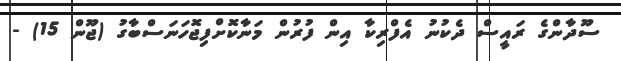
ސޫދާންގެ ރައީސް ދެކުނު އެފްރިކާ އިން ފުރުން މަނާކޮށްފިޖޮހަނަސްބާގު (ޖޫން 15) -